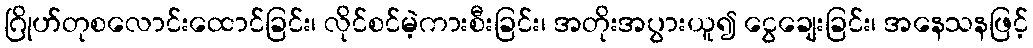
ဂြိုဟ်တုစလောင်းထောင်ခြင်း၊ လိုင်စင်မဲ့ကားစီးခြင်း၊ အတိုးအပွားယူ၍ ငွေချေးခြင်း၊ အနေသနဖြင့်